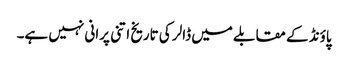
پاؤنڈ کے مقابلے میں ڈالر کی تاریخ اتنی پرانی نہیں ہے۔